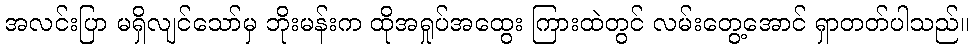
အလင်းပြာ မရှိလျင်သော်မှ ဘိုးမန်းက ထိုအရှုပ်အထွေး ကြားထဲတွင် လမ်းတွေ့အောင် ရှာတတ်ပါသည်။